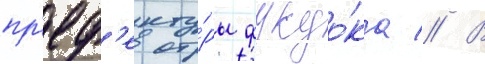
пр'еф'екту́ры фукуо́ка // В